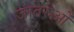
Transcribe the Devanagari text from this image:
जातरुओं